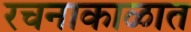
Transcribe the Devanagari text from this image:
रचनाकाळात